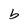
Character: b